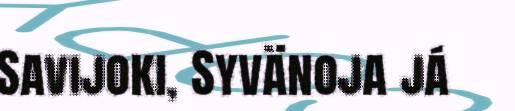
Savijoki, Syvänoja já